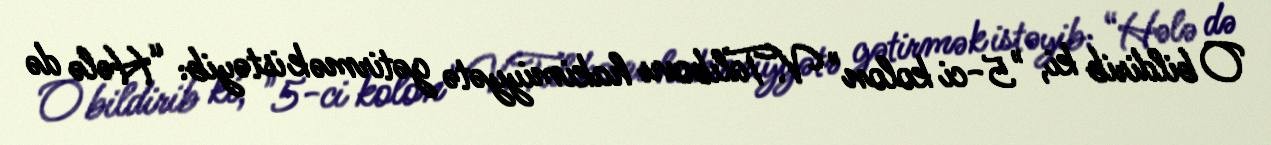
O bildirib ki, "5-ci kolon" V.Talıbovu hakimiyyətə gətirmək istəyib: “Hələ də